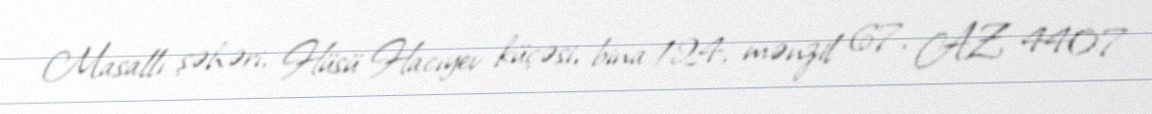
Masallı şəhəri, Hüsü Hacıyev küçəsi, bina 124, mənzil 67, AZ 4407